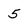
Character: 5